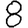
Digit: 8